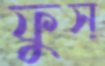
ফুস্